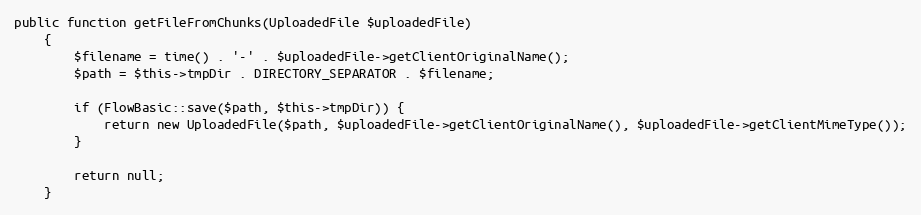
Language: PHP
public function getFileFromChunks(UploadedFile $uploadedFile)
    {
        $filename = time() . '-' . $uploadedFile->getClientOriginalName();
        $path = $this->tmpDir . DIRECTORY_SEPARATOR . $filename;

        if (FlowBasic::save($path, $this->tmpDir)) {
            return new UploadedFile($path, $uploadedFile->getClientOriginalName(), $uploadedFile->getClientMimeType());
        }

        return null;
    }